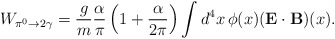
\begin{align*}W_{\pi^0\to 2\gamma} = \frac{g}{m}\frac{\alpha}{\pi} \left( 1+ \frac{\alpha}{2\pi} \right) \int d^4x\, \phi(x) (\mathbf{E\cdot B})(x). \end{align*}